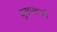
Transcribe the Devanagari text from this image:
युसाकाची